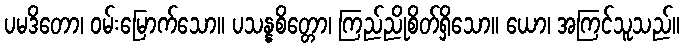
ပမဒိတော၊ ဝမ်းမြောက်သော။ ပသန္နစိတ္တော၊ ကြည်ညိုစိတ်ရှိသော။ ယော၊ အကြင်သူသည်။